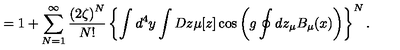
= 1 + \sum _ { N = 1 } ^ { \infty } \frac { \left( 2 \zeta \right) ^ { N } } { N ! } \left\{ \int d ^ { 4 } y \int D z \mu [ z ] \cos \left( g \oint d z _ { \mu } B _ { \mu } ( x ) \right) \right\} ^ { N } .